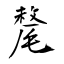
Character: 氂